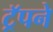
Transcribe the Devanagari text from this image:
ट्रॅपने